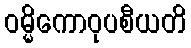
ဝမ္မိကောဝုပစီယတိ